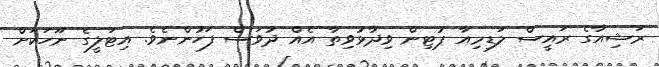
ރަޝިއާގެ ރައީސް ލަޑިމިއާ ޕުޓިން ވިދާޅުވިތާ އެއް ދުވަސް ފަހުންނެވެ. އިޓަލީގެ ނޫހަކަށް